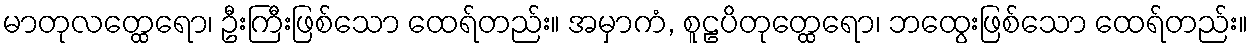
မာတုလတ္ထေရော၊ ဦးကြီးဖြစ်သော ထေရ်တည်း။ အမှာကံ, စူဠပိတုတ္ထေရော၊ ဘထွေးဖြစ်သော ထေရ်တည်း။